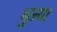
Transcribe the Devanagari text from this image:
भुज्या